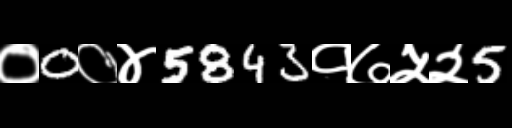
Text: ०0०४5843१७५२5